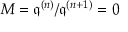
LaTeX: M = { \mathfrak { q } } ^ { ( n ) } / { \mathfrak { q } } ^ { ( n + 1 ) } = 0